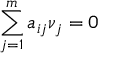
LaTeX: \sum _ { j = 1 } ^ { m } a _ { i j } \nu _ { j } = 0